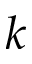
k